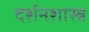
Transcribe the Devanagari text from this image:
दर्शनशास्‍त्र